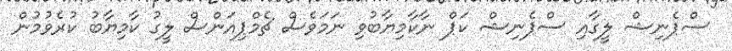
ސްޕެނިޝް ލީގާއި ސްޕެނިޝް ކަޕް ނާކާމިޔާބުވި ނަމަވެސް ޗެމްޕިއަންސް ލީގު ކާމިޔާބު ކުރެވުމުން